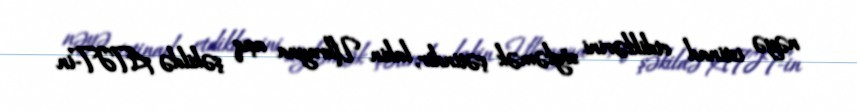
nəyə istinad etdiklərini söyləmək çətindir, lakin Ukrayna açıq şəkildə ATƏT-in